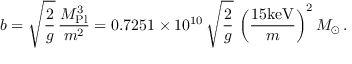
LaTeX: b = \sqrt { \frac { 2 } { g } } \, \frac { M _ { \mathrm { { P l } } } ^ { 3 } } { m ^ { 2 } } = 0 . 7 2 5 1 \times 1 0 ^ { 1 0 } \, \sqrt { \frac { 2 } { g } } \, \left( \frac { 1 5 \mathrm { k e V } } { m } \right) ^ { 2 } M _ { \odot } \, .